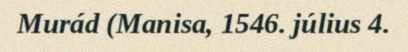
Murád (Manisa, 1546. július 4.